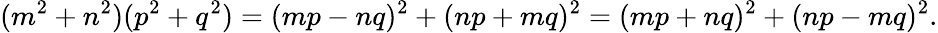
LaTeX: (m^{2}+n^{2})(p^{2}+q^{2})=(mp-nq)^{2}+(np+mq)^{2}=(mp+nq)^{2}+(np-mq)^{2}.